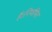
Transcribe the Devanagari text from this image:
है।नियमित